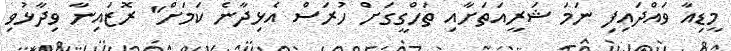
މީޑިއާ ވައްދައިފި ނަމަ ޝަރީއަތަށާއި ތަހްގީގަށް ހުރަސް އެޅިދާނެ ކަމަށް" ރޮޒައިނާ ވިދާޅުވި